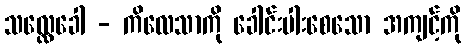
သလ္လေခေါ - ကိလေသာကို ခေါင်းပါးစေသော အကျင့်ကို